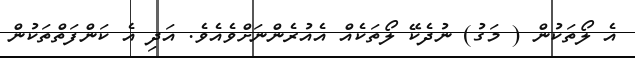
އެ ލޯތަކުން ( މަގު) ނުދެކޭ ލޯތަކެއް އެއުރެންނަށްވެއެވެ. އަދި އެ ކަންފަތްތަކުން